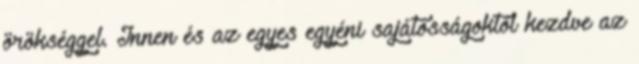
örökséggel. Innen és az egyes egyéni sajátosságoktól kezdve az